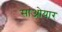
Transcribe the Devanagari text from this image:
साओयार